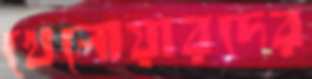
খেলোয়ারদের